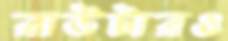
রাউটারও